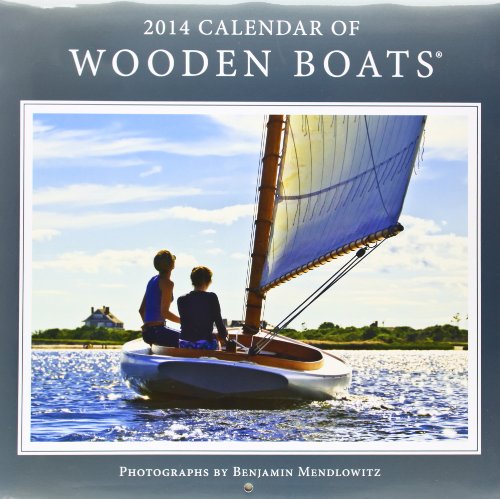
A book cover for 2014 Wooden Boats Wall; NOAH Publications; Calendars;